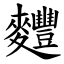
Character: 麷